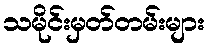
သမိုင်းမှတ်တမ်းများ